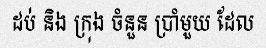
ដប់ និង ក្រុង ចំនួន ប្រាំមួយ ដែល